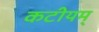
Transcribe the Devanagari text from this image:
कटीयम्